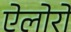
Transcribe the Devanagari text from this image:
ऐलोरो